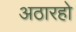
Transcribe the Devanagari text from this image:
अठारहो